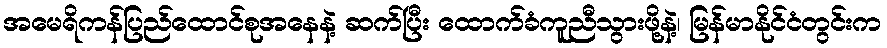
အမေရိကန်ပြည်ထောင်စုအနေနဲ့ ဆက်ပြီး ထောက်ခံကူညီသွားဖို့နဲ့၊ မြန်မာနိုင်ငံတွင်းက